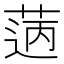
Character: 𦳭